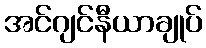
အင်ဂျင်နီယာချုပ်